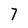
Character: 7